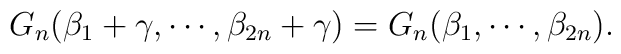
G_n(\beta_1+\gamma,\cdots,\beta_{2n}+\gamma)=G_n(\beta_1,\cdots,\beta_{2n}).